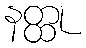
နတ္ထု